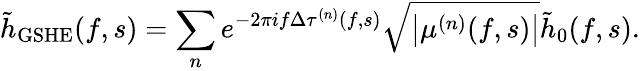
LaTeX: \tilde{h}_{\mathrm{GSHE}}(f,s)=\sum_{n}e^{-2\pi if\Delta\tau^{(n)}(f,s)}\sqrt{\left|\mu^{(n)}(f,s)\right|}\tilde{h}_{0}(f,s).